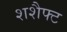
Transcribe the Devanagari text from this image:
शशैफ्ट